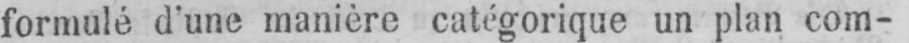
formulé d’une manière catégorique un plan com-